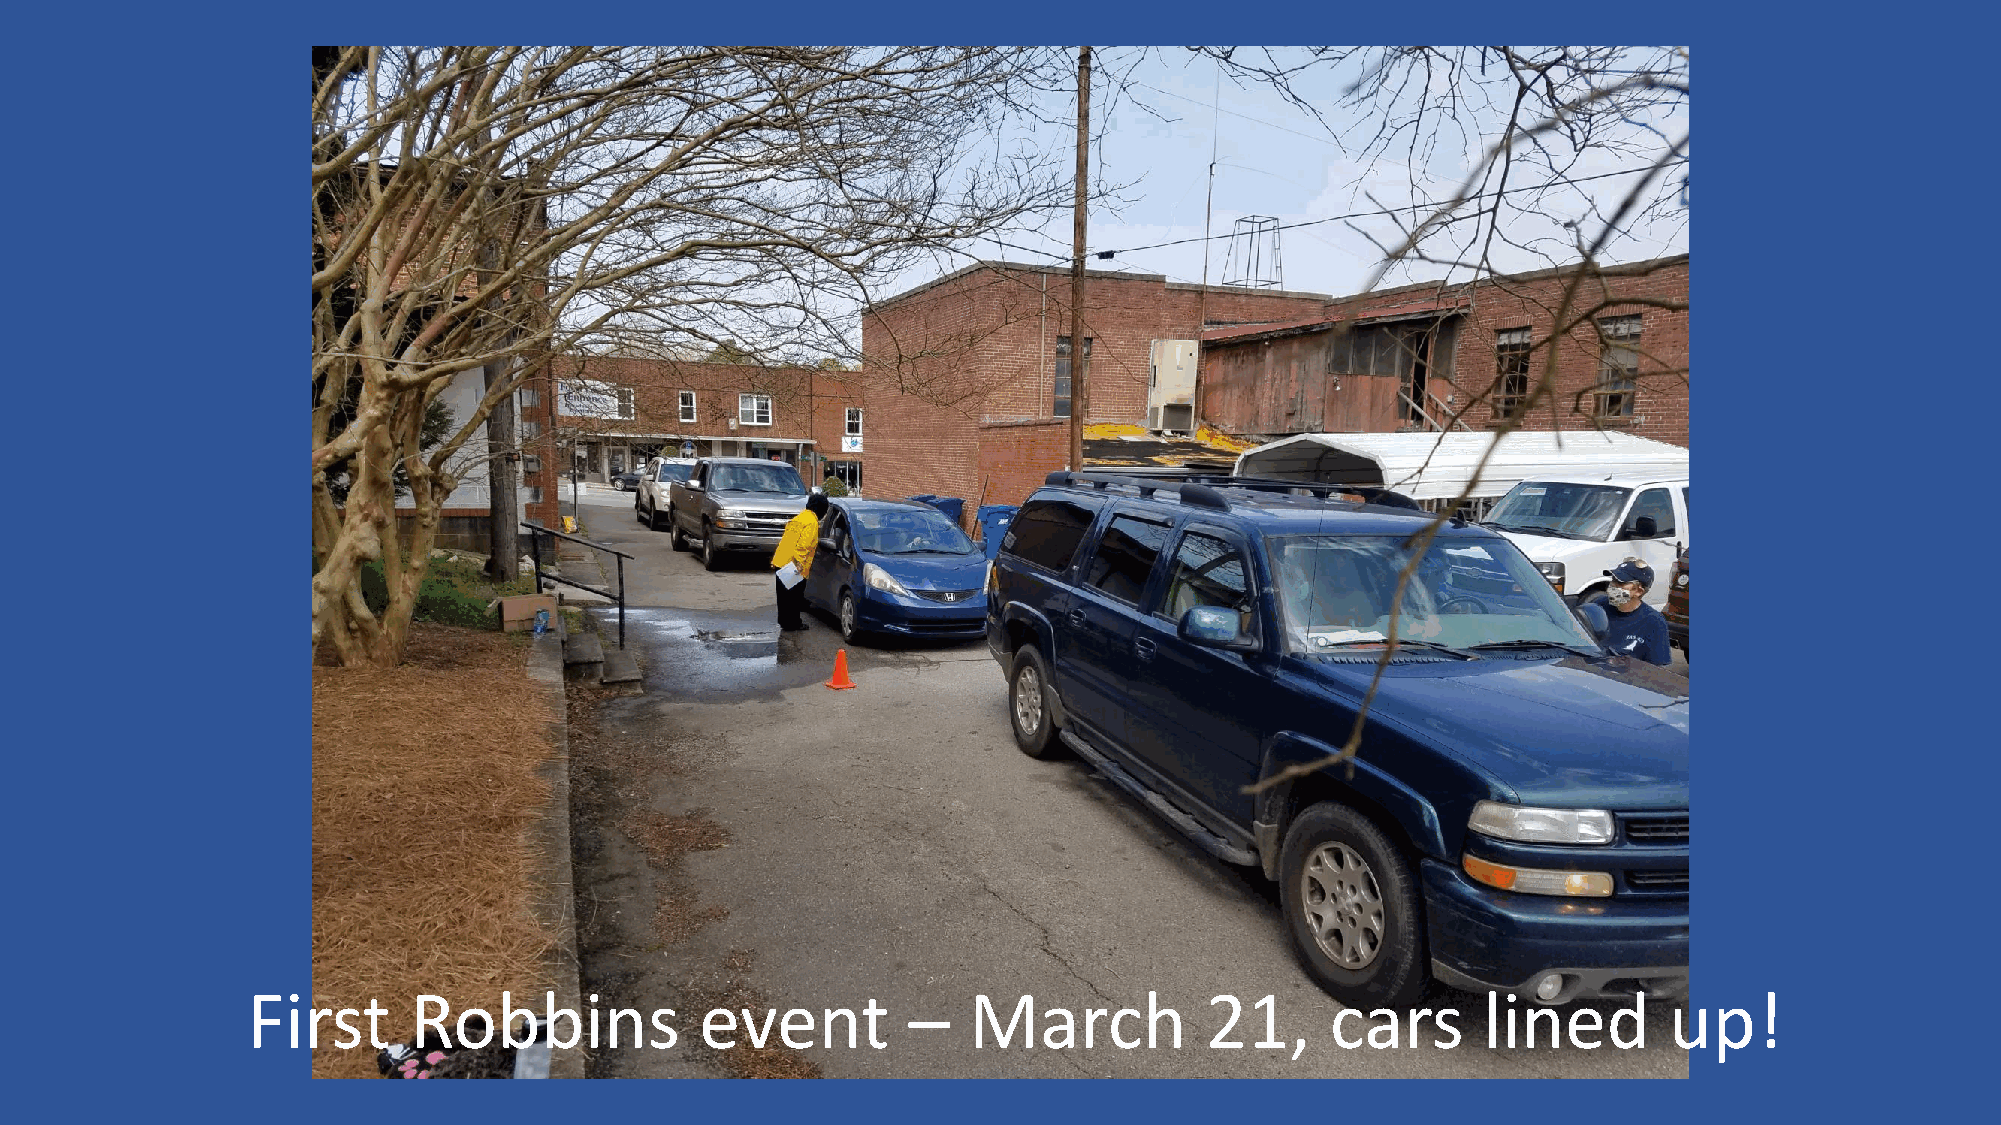
First      Robbins            event         –   March           21,     cars      lined       up!